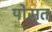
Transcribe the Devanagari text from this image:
पोसत